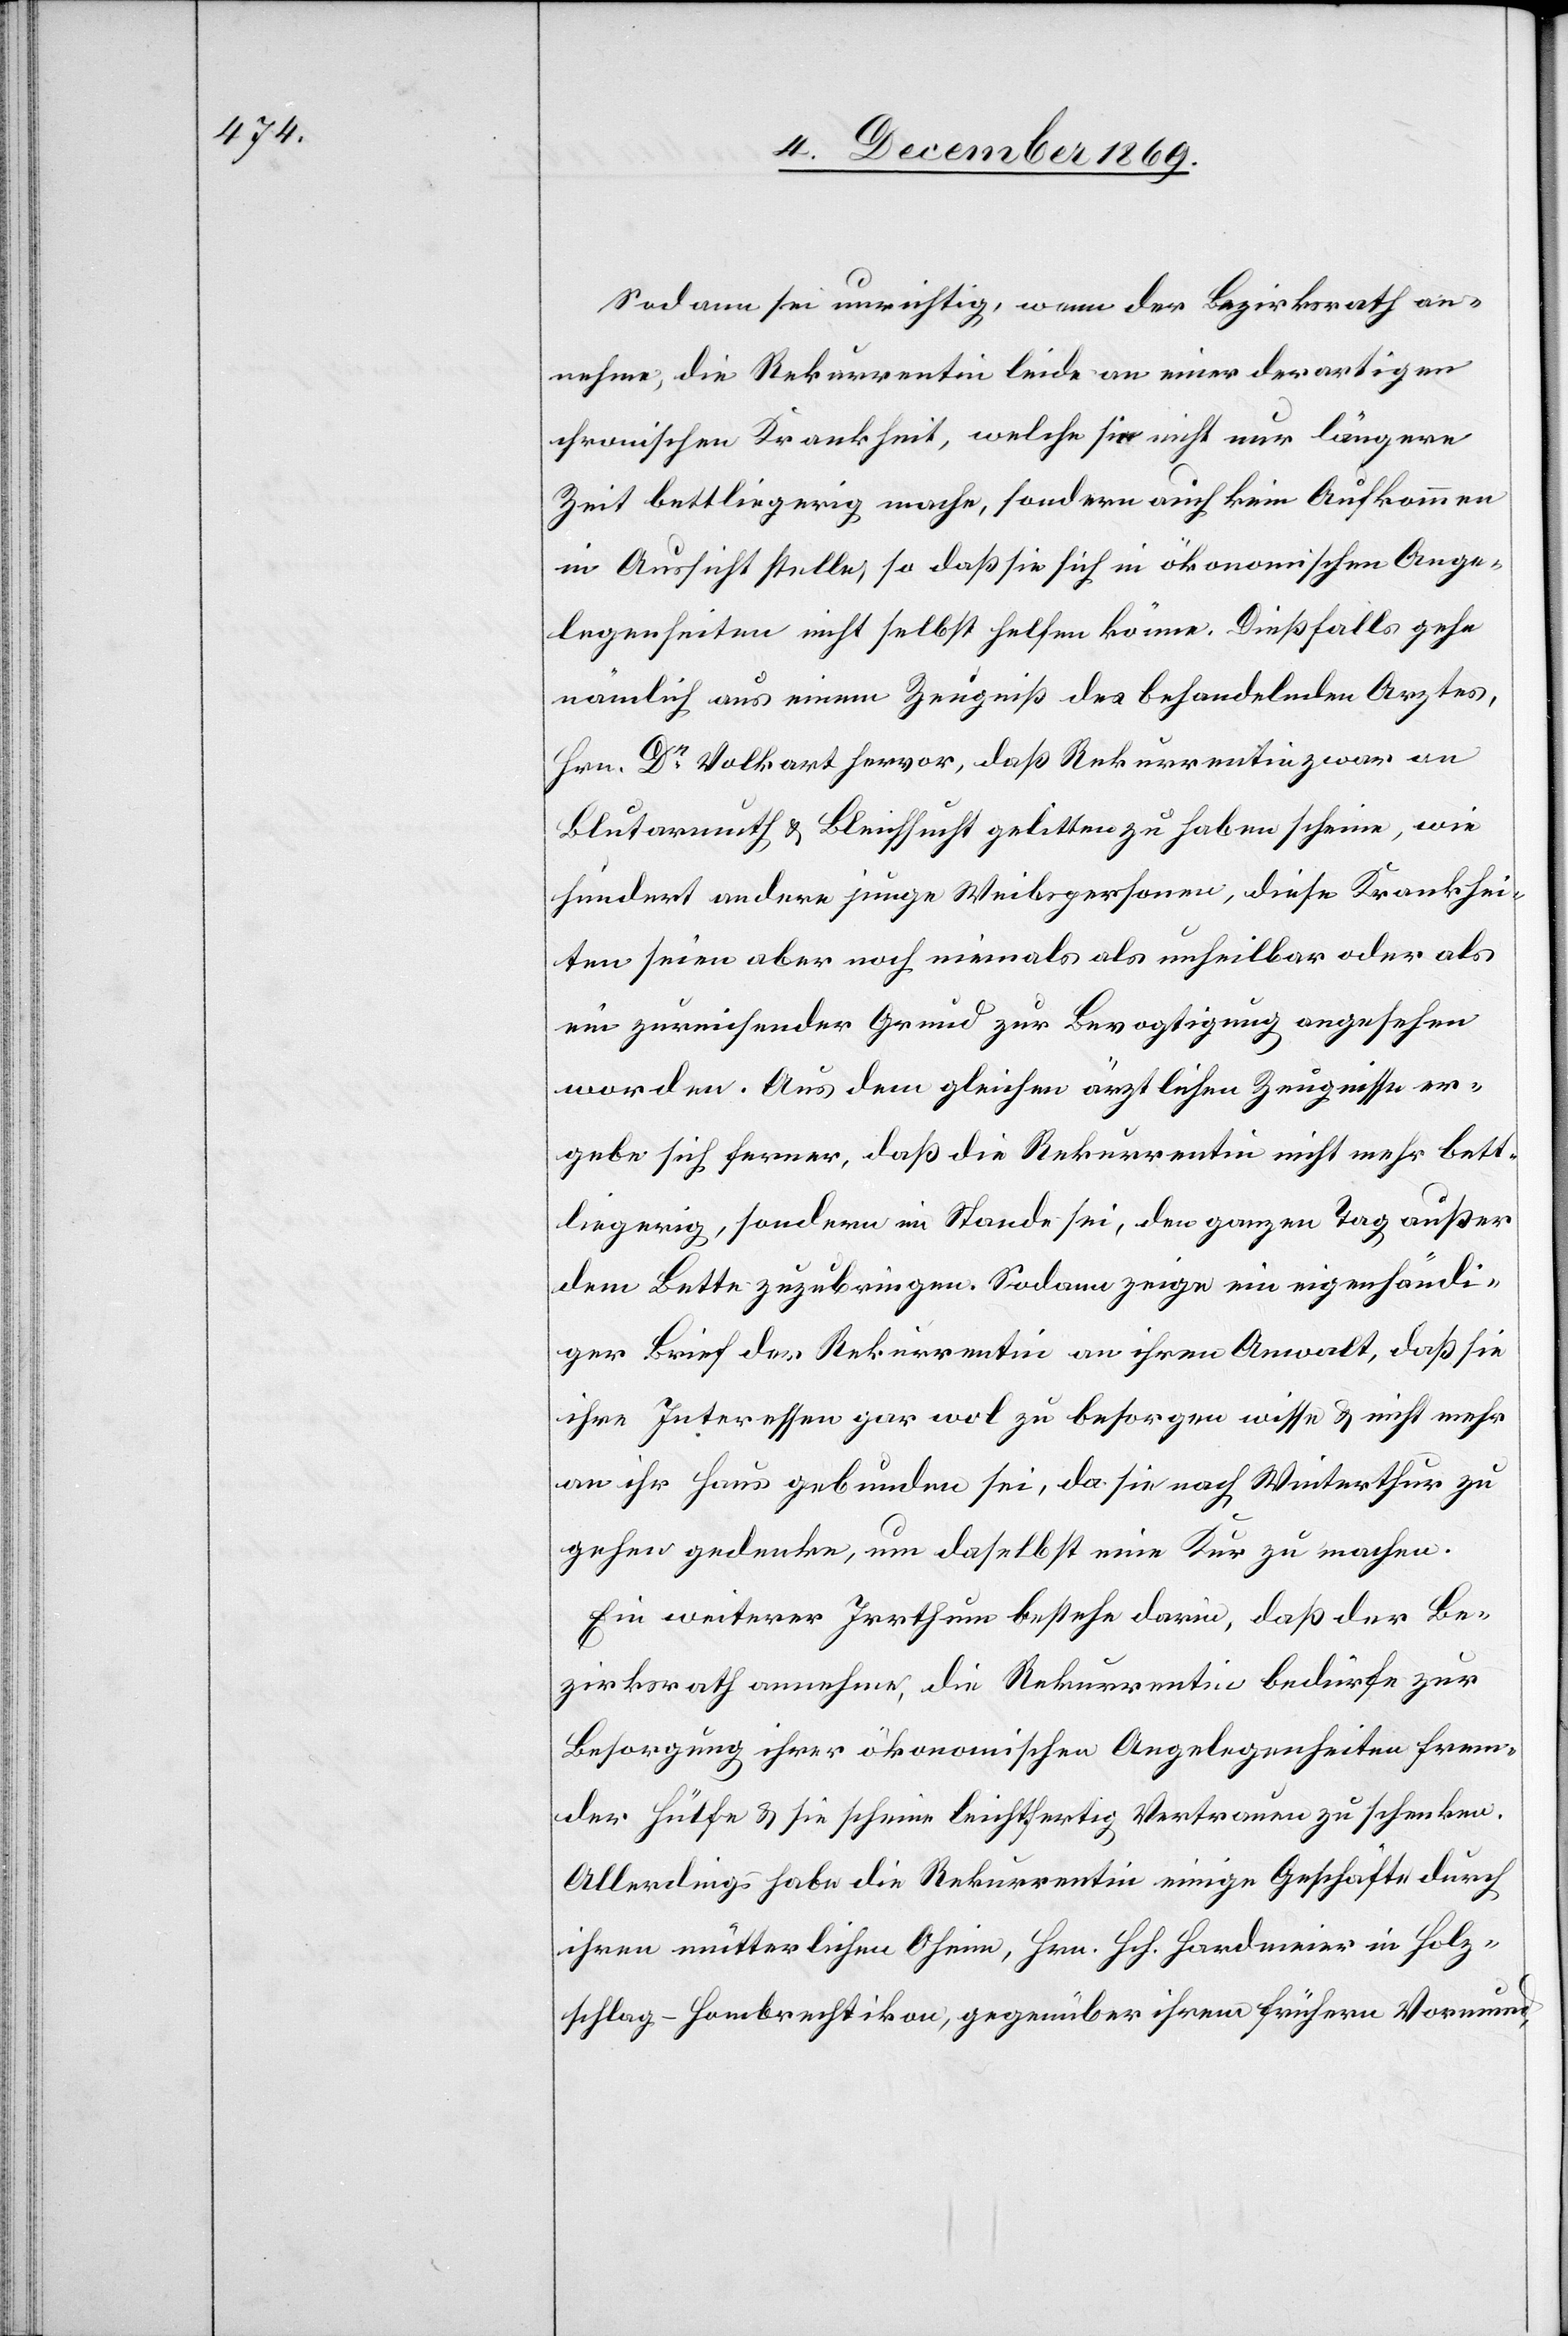
Sodann sei unrichtig, wenn der Bezirksrath an¬
nehme, die Rekurrentin leide an einer derartigen
chronischen Krankheit, welche sie nicht nur längere
Zeit bettliegerig mache, sondern auch kein Auskommen
in Aussicht stelle, so daß sie sich in ökonomischen Ange¬
legenheiten nicht selbst helfen könne. Dießfalls gehe
nämlich aus einem Zeugniß des behandelnden Arztes,
Hrn. Dr Volkart hervor, daß Rekurrentin zwar an
Blutarmuth & Bleichsucht gelitten zu haben scheine, wie
hundert andere junge Weibspersonen, diese Krankhei¬
ten seien aber noch niemals als unheilbar oder als
ein zureichender Grund zur Bevogtigung angesehen
worden. Aus dem gleichen ärztlichen Zeugnisse er¬
gebe sich ferner, daß die Rekurrentin nicht mehr bett¬
liegerig, sondern im Stande sei, den ganzen Tag außer
dem Bette zuzubringen. Sodann zeige ein eigenhändi¬
ger Brief der Rekurrentin an ihren Anwalt, daß sie
ihre Interessen gar wol zu besorgen wisse & nicht mehr
an ihr Haus gebunden sei, da sie nach Winterthur zu
gehen gedenke, um daselbst eine Kur zu machen.
Ein weiterer Irrthum bestehe darin, daß der Be¬
zirksrath annehme, die Rekurrentin bedürfe zur
Besorgung ihrer ökonomischen Angelegenheiten frem¬
der Hülfe & sie scheine leichtfertig Vertrauen zu schenken.
Allerdings habe die Rekurrentin einige Geschäfte durch
ihren mütterlichen Oheim, Hrn. Hch. Hardmeier in Holz¬
schlag - Hombrechtikon, gegenüber ihrem frühern Vormund,